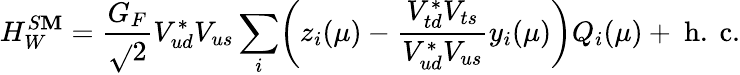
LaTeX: H_{W}^{S\mathbf{M}}={\frac{{G_{F}}}{{\sqrt{}{{2}}}}}V_{ud}^{*}V_{us}\sum_{i}\biggl(z_{i}(\mu)-{\frac{{V_{td}^{*}V_{ts}}}{{V_{ud}^{*}V_{us}}}}y_{i}(\mu)\biggr)Q_{i}(\mu)+\mathrm{{~h.~c.}}